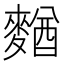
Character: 𪍑